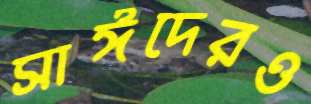
সাঈদেরও